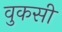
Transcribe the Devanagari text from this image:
वुकसी